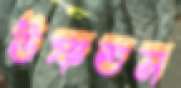
উষ্ণতম